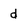
Character: d